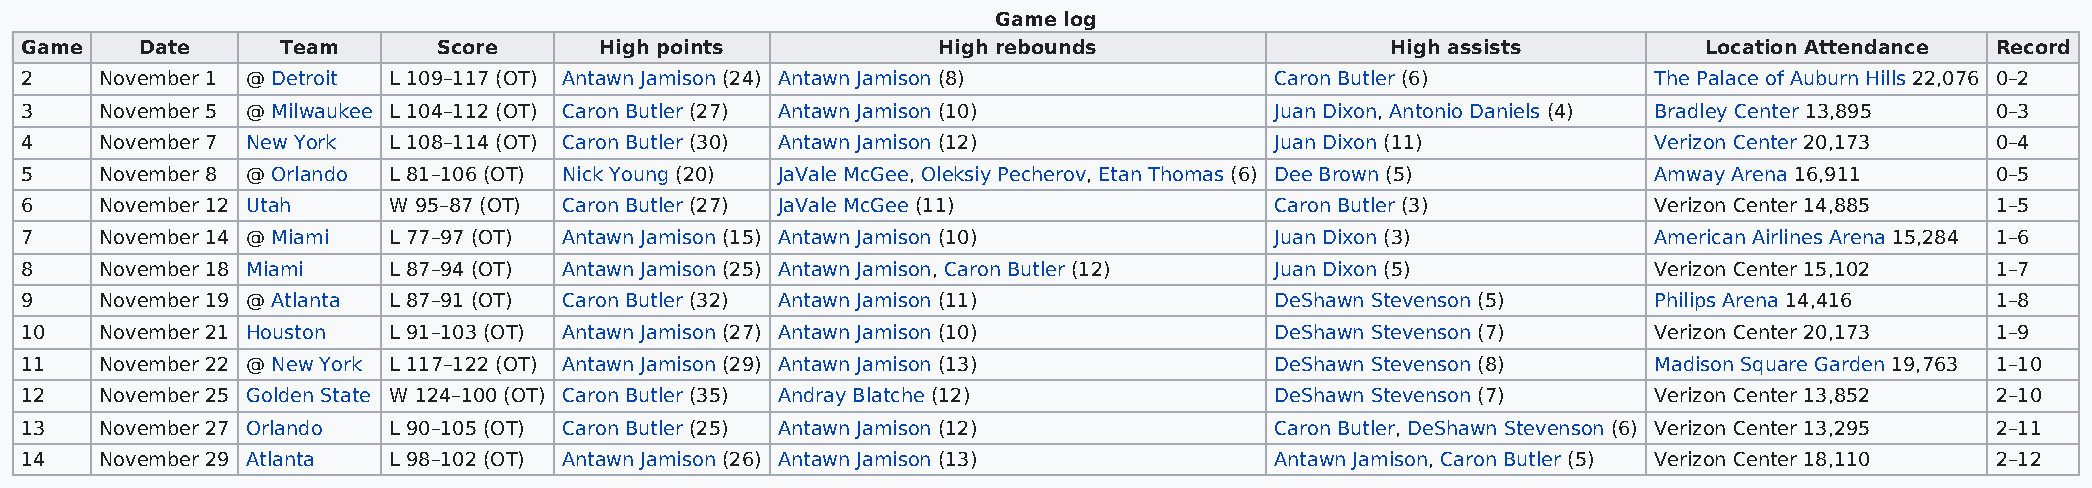
Game log
 Game    Date      Team      Score      High points           High rebounds                 High assists         Location Attendance Record
 2     November 1 @ Detroit L 109–117 (OT) Antawn Jamison (24) Antawn Jamison (8)   Caron Butler (6)          The Palace of Auburn Hills 22,076 0–2
 3     November 5 @ Milwaukee L 104–112 (OT) Caron Butler (27) Antawn Jamison (10)  Juan Dixon, Antonio Daniels (4) Bradley Center 13,895 0–3
 4     November 7 New York L 108–114 (OT) Caron Butler (30) Antawn Jamison (12)     Juan Dixon (11)           Verizon Center 20,173 0–4
 5     November 8 @ Orlando L 81–106 (OT) Nick Young (20) JaVale McGee, Oleksiy Pecherov, Etan Thomas (6) Dee Brown (5) Amway Arena 16,911 0–5
 6     November 12 Utah   W 95–87 (OT) Caron Butler (27) JaVale McGee (11)          Caron Butler (3)          Verizon Center 14,885 1–5
 7     November 14 @ Miami L 77–97 (OT) Antawn Jamison (15) Antawn Jamison (10)     Juan Dixon (3)            American Airlines Arena 15,284 1–6
 8     November 18 Miami  L 87–94 (OT) Antawn Jamison (25) Antawn Jamison, Caron Butler (12) Juan Dixon (5)   Verizon Center 15,102 1–7
 9     November 19 @ Atlanta L 87–91 (OT) Caron Butler (32) Antawn Jamison (11)     DeShawn Stevenson (5)     Philips Arena 14,416  1–8
 10    November 21 Houston L 91–103 (OT) Antawn Jamison (27) Antawn Jamison (10)    DeShawn Stevenson (7)     Verizon Center 20,173 1–9
 11    November 22 @ New York L 117–122 (OT) Antawn Jamison (29) Antawn Jamison (13) DeShawn Stevenson (8)    Madison Square Garden 19,763 1–10
 12    November 25 Golden State W 124–100 (OT) Caron Butler (35) Andray Blatche (12) DeShawn Stevenson (7)    Verizon Center 13,852 2–10
 13    November 27 Orlando L 90–105 (OT) Caron Butler (25) Antawn Jamison (12)      Caron Butler, DeShawn Stevenson (6) Verizon Center 13,295 2–11
 14    November 29 Atlanta L 98–102 (OT) Antawn Jamison (26) Antawn Jamison (13)    Antawn Jamison, Caron Butler (5) Verizon Center 18,110 2–12